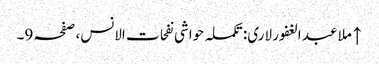
↑ ملا عبد الغفور لاری: تکملہ حواشی نفحات الانس، صفحہ 9۔